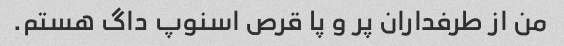
من از طرفداران پر و پا قرص اسنوپ داگ هستم.